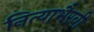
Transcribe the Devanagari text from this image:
नित्याभैरवी